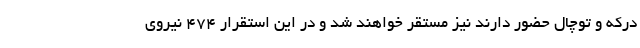
درکه و توچال حضور دارند نیز مستقر خواهند شد و در این استقرار ۴۷۴ نیروی